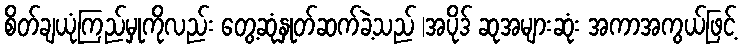
စိတ်ချယုံကြည်မှုကိုလည်း တွေ့ဆုံနှုတ်ဆက်ခဲ့သည် |အပိုဒ် ဆုအများဆုံး အကာအကွယ်ဖြင့်